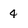
Character: 4